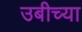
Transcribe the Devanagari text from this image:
उबीच्या